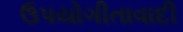
ઉપયોગીતાવાદી